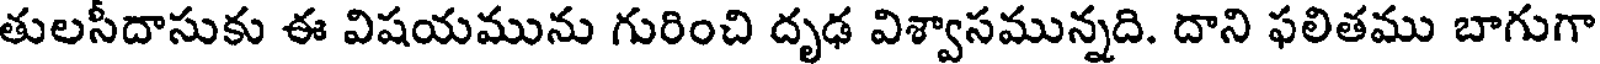
తులసీదాసుకు ఈ విషయమును గురించి దృఢ విశ్వాసమున్నది. దాని ఫలితము బాగుగా